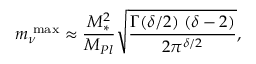
m _ { \nu } ^ { \mathrm { \scriptsize ~ m a x } } \approx \frac { M _ { \ast } ^ { 2 } } { M _ { P l } } \sqrt { \frac { \Gamma ( \delta / 2 ) \; ( \delta - 2 ) } { 2 \pi ^ { \delta / 2 } } } ,